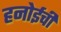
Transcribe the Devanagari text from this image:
हनोईची